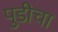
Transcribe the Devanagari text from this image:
पुडीचा